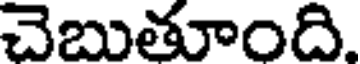
చెబుతూంది.